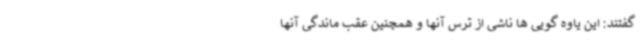
گفتند: این یاوه گویی ها ناشی از ترس آنها و همچنین عقب ماندگی آنها